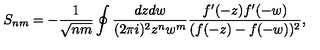
S _ { n m } = - \frac { 1 } { \sqrt { n m } } \oint \frac { d z d w } { ( 2 \pi i ) ^ { 2 } z ^ { n } w ^ { m } } \frac { f ^ { \prime } ( - z ) f ^ { \prime } ( - w ) } { ( f ( - z ) - f ( - w ) ) ^ { 2 } } ,